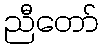
ညီတော်